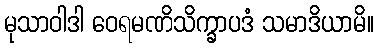
မုသာဝါဒါ ဝေရမဏိသိက္ခာပဒံ သမာဒိယာမိ။